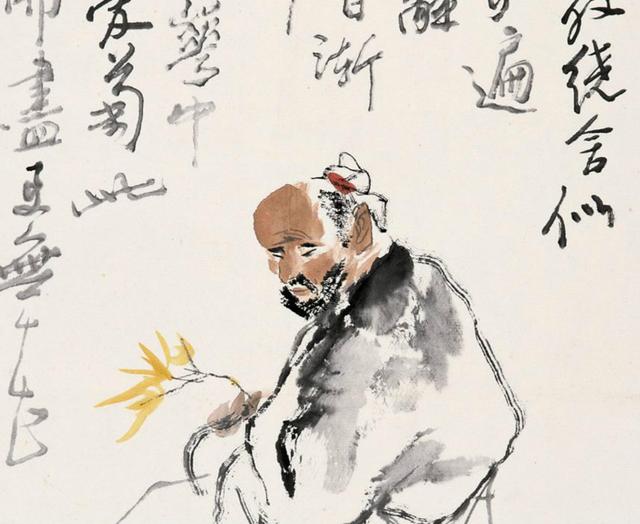
治生乎君子，乱生乎小人。